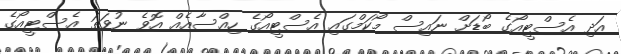
އަދި އެސްޓީއޯގެ ބޯޑަށް ނައިސް މޯކަމްގައި އެސްޓީއޯގެ ހިއްސާއެއް އޮވެ ނުވަތަ އެސްޓީއޯގެ